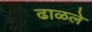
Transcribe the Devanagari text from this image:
ढाळले